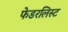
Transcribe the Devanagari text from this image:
फेडरलिस्ट